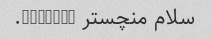
سلام منچستر 6739792.